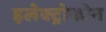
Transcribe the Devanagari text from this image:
इलेक्ट्रोफोन